Report of the Indian Hemp Drugs Commission, 1894-1895 - Volume I
Year: 1894
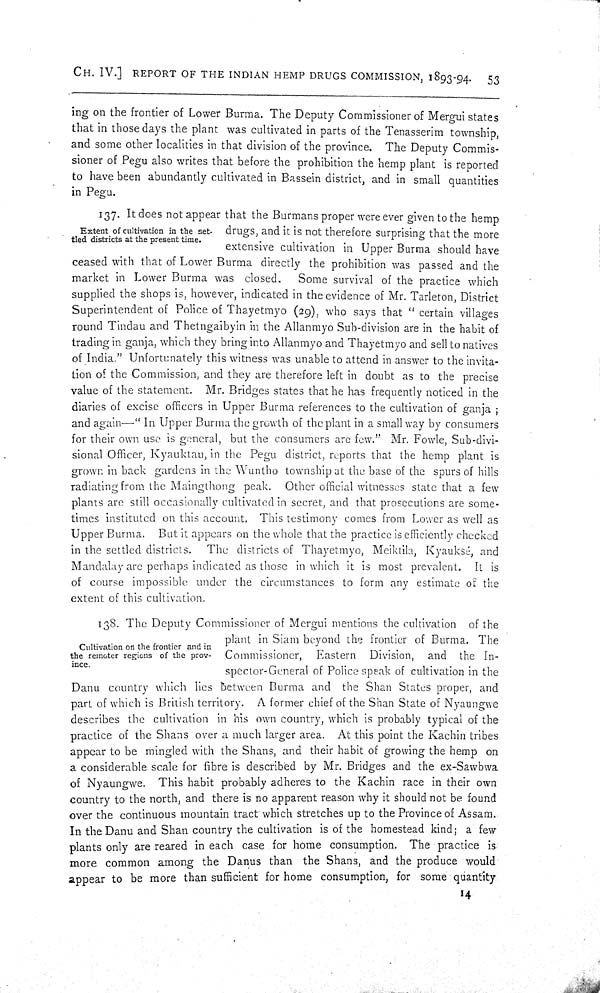
CH. IV.] REPORT OF THE INDIAN HEMP DRUGS COMMISSION, 1893-94. 53
ing on the frontier of Lower Burma. The Deputy Commissioner of Mergui states
that in those days the plant was cultivated in parts of the Tenasserim township,
and some other localities in that division of the province. The Deputy Commis-
sioner of Pegu also writes that before the prohibition the hemp plant is reported
to have been abundantly cultivated in Bassein district, and in small quantities
in Pegu.
Extent of cultivation in the set-
tled districts at the present time.
137. It does not appear that the Burmans proper were ever given to the hemp
drugs, and it is not therefore surprising that the more
extensive cultivation in Upper Burma should have
ceased with that of Lower Burma directly the prohibition was passed and the
market in Lower Burma was closed.
Some survival of the practice which
supplied the shops is, however, indicated in the evidence of Mr. Tarleton, District
Superintendent of Police of Thayetmyo (29), who says that "certain villages
round Tindau and Thetngaibyin in the Allanmyo Sub-division are in the habit of
trading in ganja, which they bring into Allanmyo and Thayetmyo and sell to natives
of India." Unfortunately this witness was unable to attend in answer to the invita-
tion of the Commission, and they are therefore left in doubt as to the precise
value of the statement. Mr. Bridges states that he has frequently noticed in the
diaries of excise officers in Upper Burma references to the cultivation of ganja;
and again—"In Upper Burma the growth of the plant in a small way by consumers
for their own use is general, but the consumers are few." Mr. Fowle, Sub-divi-
sional Officer, Kyauktau, in the Pegu district, reports that the hemp plant is
grown in back gardens in the Wuntho township at the base of the spurs of hills
radiating from the Maingthong peak. Other official witnesses state that a few
plants are still occasionally cultivated in secret, and that prosecutions are some-
times instituted on this account. This testimony comes from Lower as well as
Upper Burma. But it appears on the whole that the practice is efficiently checked
in the settled districts. The districts of Thayetmyo, Meiktila, Kyauksé, and
Mandalay are perhaps indicated as those in which it is most prevalent. It is
of course impossible under the circumstances to form any estimate of the
extent of this cultivation.
Cultivation on the frontier and in
the remoter regions of the prov-
ince.
138. The Deputy Commissioner of Mergui mentions the cultivation of the
plant in Siam beyond the frontier of Burma. The
Commissioner, Eastern Division, and the In-
spector-General of Police speak of cultivation in the
Danu country which lies between Burma and the Shan States proper, and
part of which is British territory. A former chief of the Shan State of Nyaungwe
describes the cultivation in his own country, which is probably typical of the
practice of the Shans over a much larger area. At this point the Kachin tribes
appear to be mingled with the Shans, and their habit of growing the hemp on
a considerable scale for fibre is described by Mr. Bridges and the ex-Sawbwa
of Nyaungwe. This habit probably adheres to the Kachin race in their own
country to the north, and there is no apparent reason why it should not be found
over the continuous mountain tract which stretches up to the Province of Assam.
In the Danu and Shan country the cultivation is of the homestead kind; a few
plants only are reared in each case for home consumption. The practice is
more common among the Danus than the Shans, and the produce would
appear to be more than sufficient for home consumption, for some quantity
14